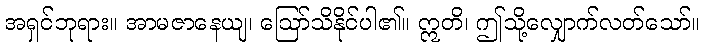
အရှင်ဘုရား။ အာမဇာနေယျ၊ ဩော်သိနိုင်ပါ၏။ ဣတိ၊ ဤသို့လျှောက်လတ်သော်။